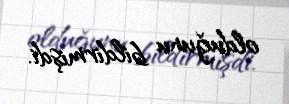
olduğunu bildirmişdi.